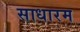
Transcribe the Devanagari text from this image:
साधारम